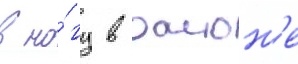
в но́гу в раион'е